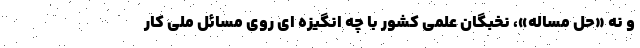
و نه «حل مساله»، نخبگان علمی کشور با چه انگیزه ای روی مسائل ملی کار